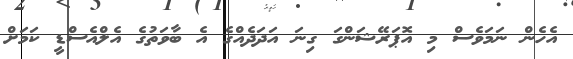
އެހެން ނަމަވެސް މި އޮޕަރޭޝަންގަ ގިނަ އަދަދެއްގެ އެ ބާވަތުގެ އެލްއެސްޑީ ކަމަށް